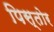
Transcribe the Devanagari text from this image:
पिस्तोर